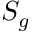
S _ { g }